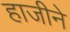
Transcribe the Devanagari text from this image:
हाजीने